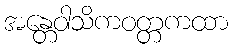
အန္တေဝါသိကဝတ္တကထာ